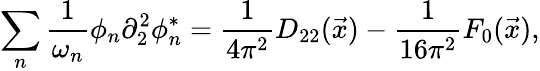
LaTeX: \sum_{n}\frac{1}{\omega_{n}}\phi_{n}\partial_{2}^{2}\phi_{n}^{*}=\frac{1}{4\pi^{2}}D_{22}(\vec{x})-\frac{1}{16\pi^{2}}F_{0}(\vec{x}),